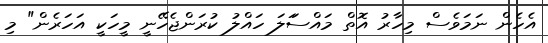
އެހެން ނަމަވެސް މިހާރު އޮތް މައްސަަލަ ހައްލު ކުރަންޖެހޭނީ މީހަކީ އަހަރެން" މި